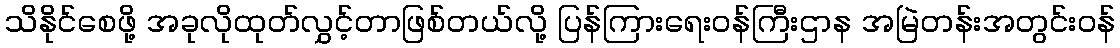
သိနိုင်စေဖို့ အခုလိုထုတ်လွှင့်တာဖြစ်တယ်လို့ ပြန်ကြားရေးဝန်ကြီးဌာန အမြဲတန်းအတွင်းဝန်